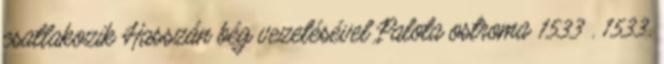
csatlakozik Hasszán bég vezetésével Palota ostroma 1533 . 1533.